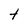
Character: t